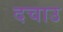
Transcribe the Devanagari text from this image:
दचाउ